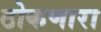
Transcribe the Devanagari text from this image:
ठोकणारा